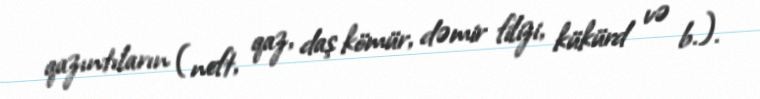
qazıntıların (neft, qaz, daş kömür, dəmir filizi, kükürd və b.).